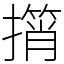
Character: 𢶠